Scottish Leaving Certificate Examination, 1957
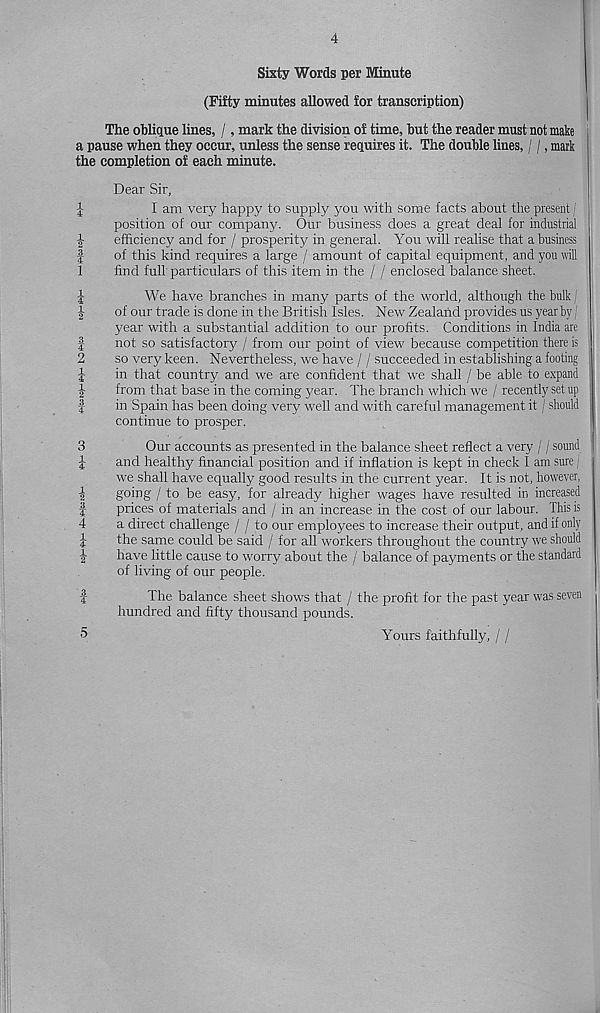
tHw
tclM' HM 4^^|wjc!m i^Im CO
tHcotojMiHM fcOtHw
► —‘^IcocoH
4
Sixty Words per Minute
(Fifty minutes allowed for transcription)
The oblique lines, /, mark the division of time, but the reader mustnot make
a pause when they occur, unless the sense requires it. The double lines, / /, mark
the completion of each minute.
Dear Sir,
J
I am very happy to supply you with some facts about the present
position of our companjc Our business does a great deal for industrial
efficiency and for / prosperity in general. You will realise that a business
of this kind requires a large / amount of capital equipment, and you will
find full particulars of this item in the / / enclosed balance sheet.
We have branches in many parts of the world, although the bulk
of our trade is done in the British Isles. New Zealand provides us year by!
year with a substantial addition to our profits. Conditions in India are
not so satisfactory / from our point of view because competition there is
so very keen. Nevertheless, we have / / succeeded in establishing a footing
in that country and we are confident that we shall / be able to expand
from that base in the coming year. The branch which we / recently set up
in Spain has been doing very well and with careful management it / should
continue to prosper.
Our accounts as presented in the balance sheet reflect a very / / sound
and healthy financial position and if inflation is kept in check I am sure
we shall have equally good results in the current year. It is not, however,
going / to be easy, for already higher wages have resulted in increased
prices of materials and / in an increase in the cost of our labour. This is
a direct challenge / / to our employees to increase their output, and if only
the same could be said / for all workers throughout the country we should
have little cause to worry about the / balance of payments or the standard
of living of our people.
The balance sheet shows that / the profit for the past year was seven
hundred and fifty thousand pounds.
5
Yours faithfully, / /